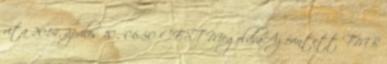
vita 2014. április 10., 06:50 CEST MegoldvaAz érintett TMB